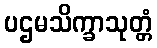
ပဌမသိက္ခာသုတ္တံ